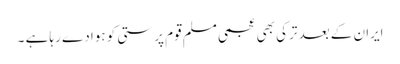
ایران کے بعد ترکی بھی عجمی مسلم قوم پرستی کو ہوا دے رہا ہے ۔